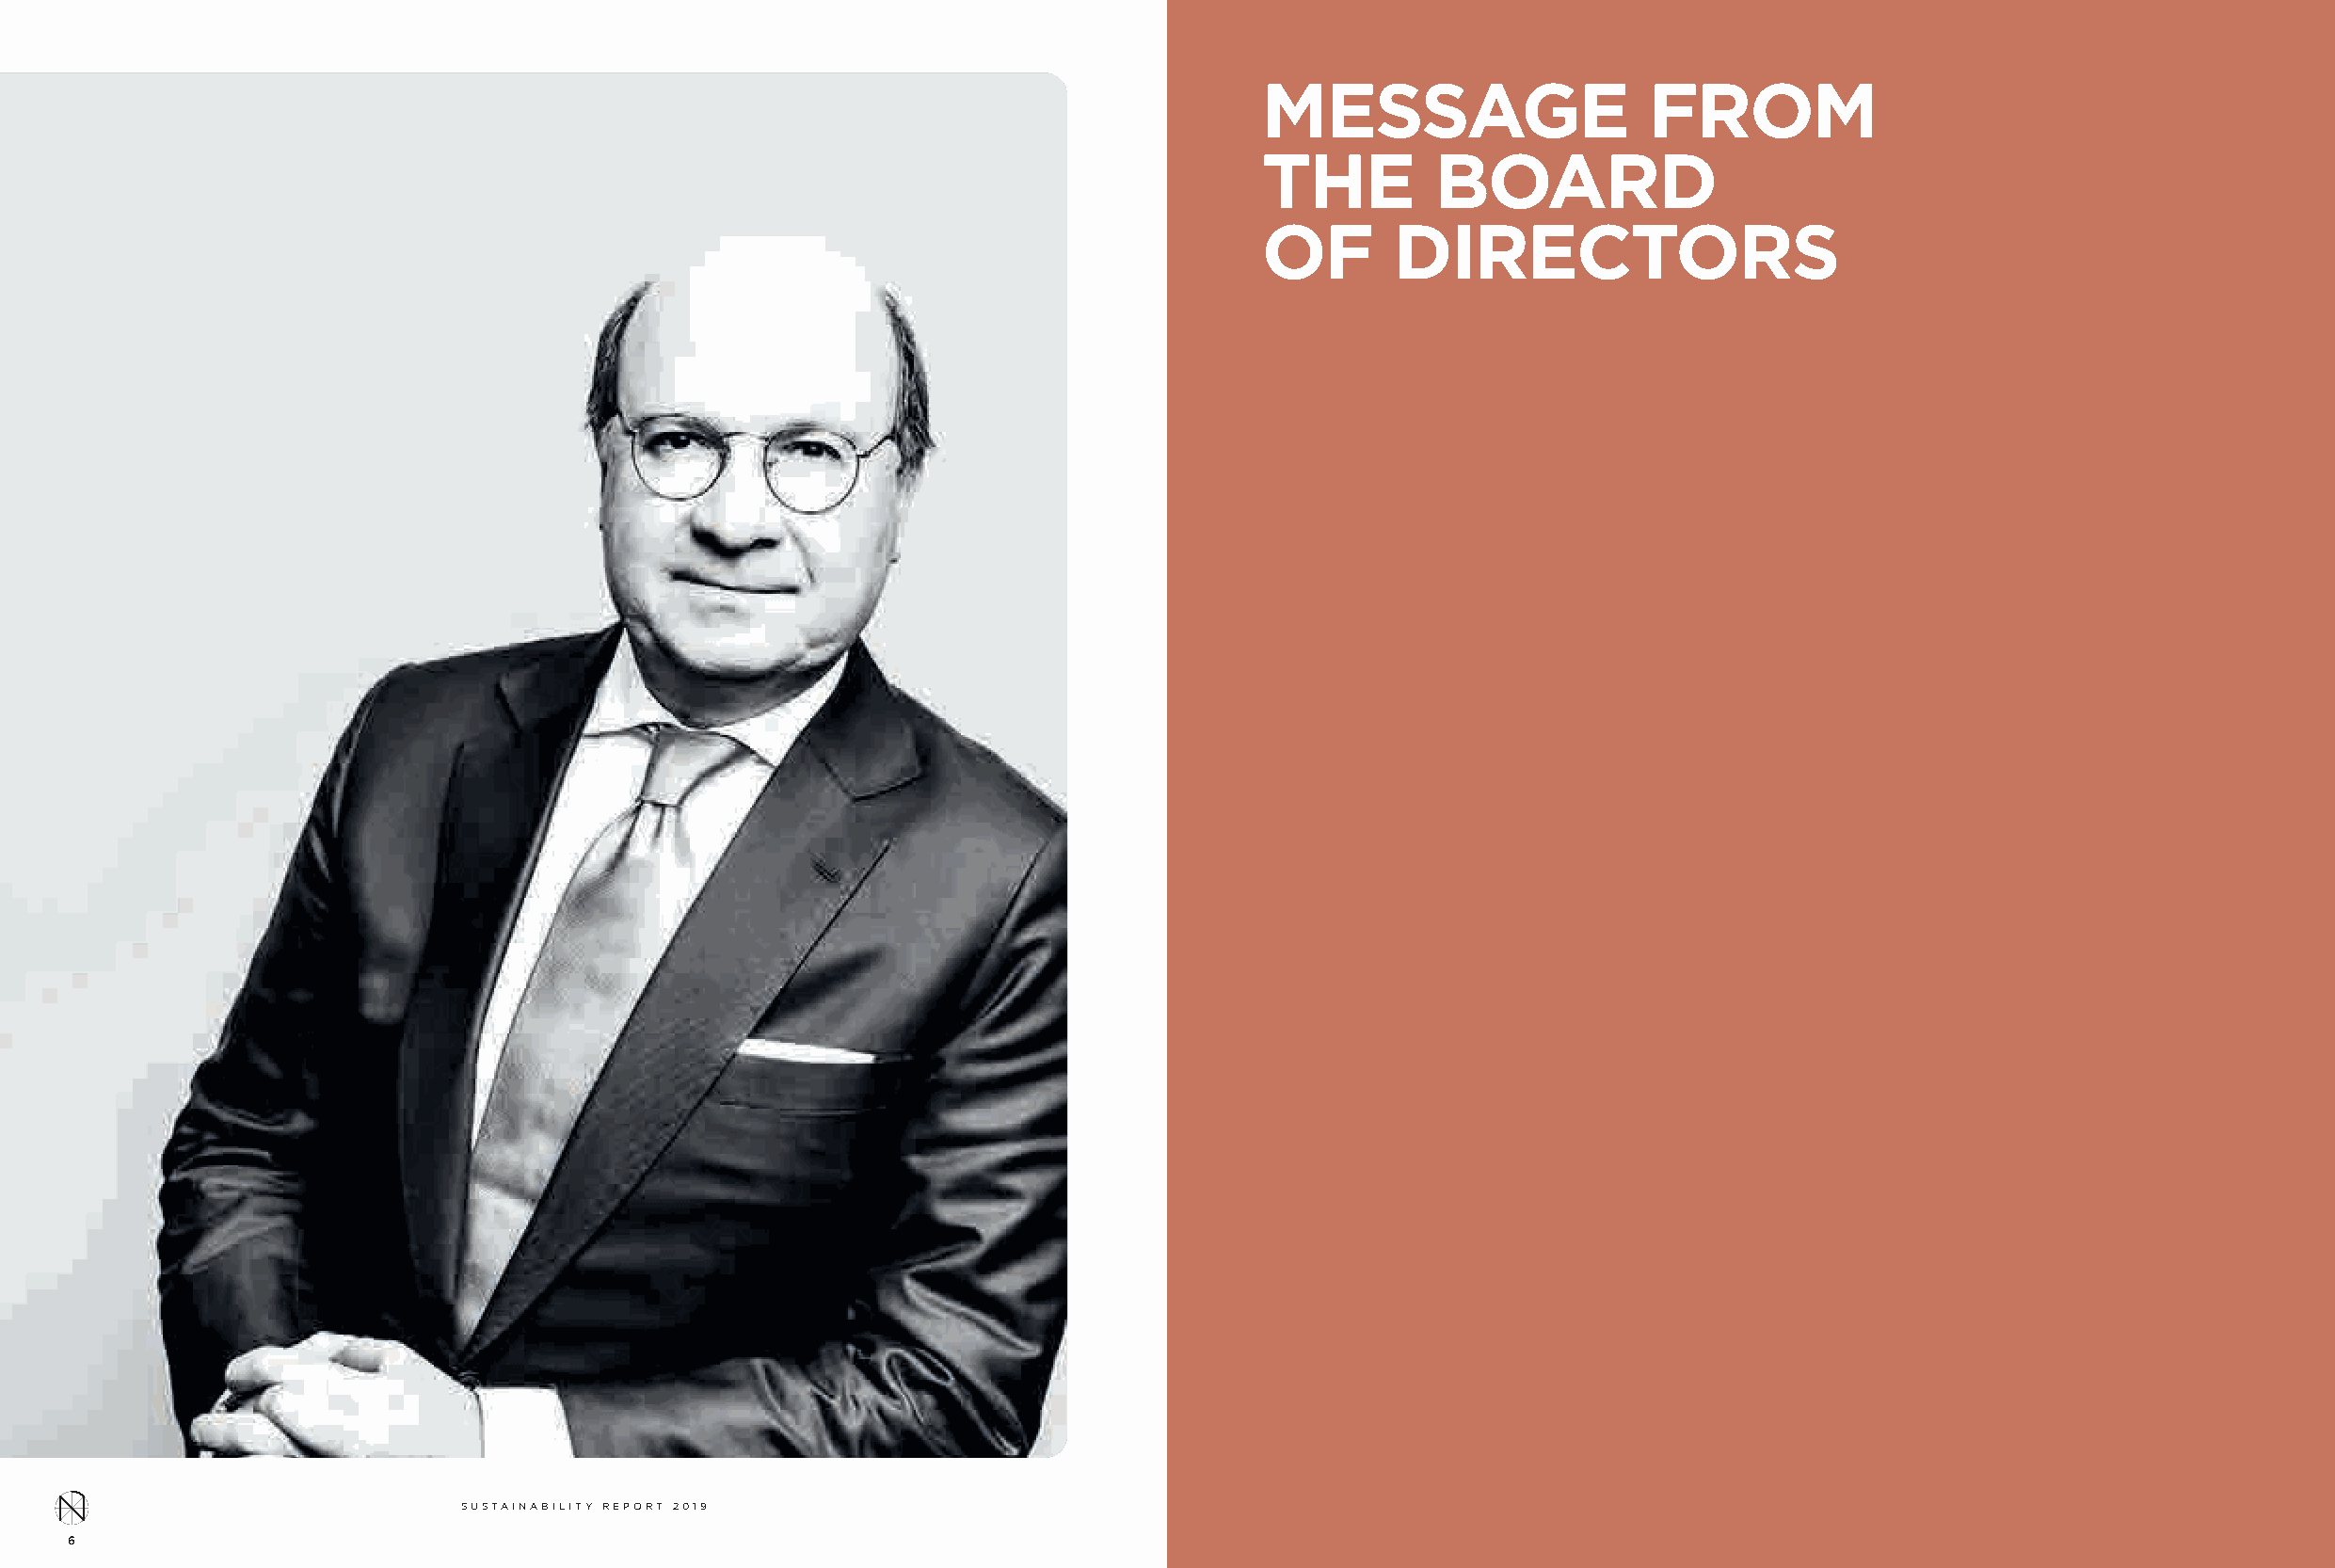
MESSAGE                    FROM
 THE         BOARD
 OF       DIRECTORS
 SUSTAINABILITY REPORT 2019
 6